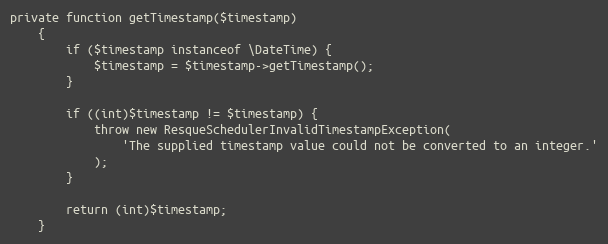
Language: PHP
private function getTimestamp($timestamp)
    {
        if ($timestamp instanceof \DateTime) {
            $timestamp = $timestamp->getTimestamp();
        }

        if ((int)$timestamp != $timestamp) {
            throw new ResqueSchedulerInvalidTimestampException(
                'The supplied timestamp value could not be converted to an integer.'
            );
        }

        return (int)$timestamp;
    }